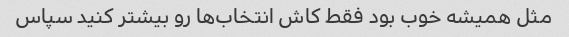
مثل همیشه خوب بود فقط کاش انتخاب‌ها رو بیشتر کنید سپاس